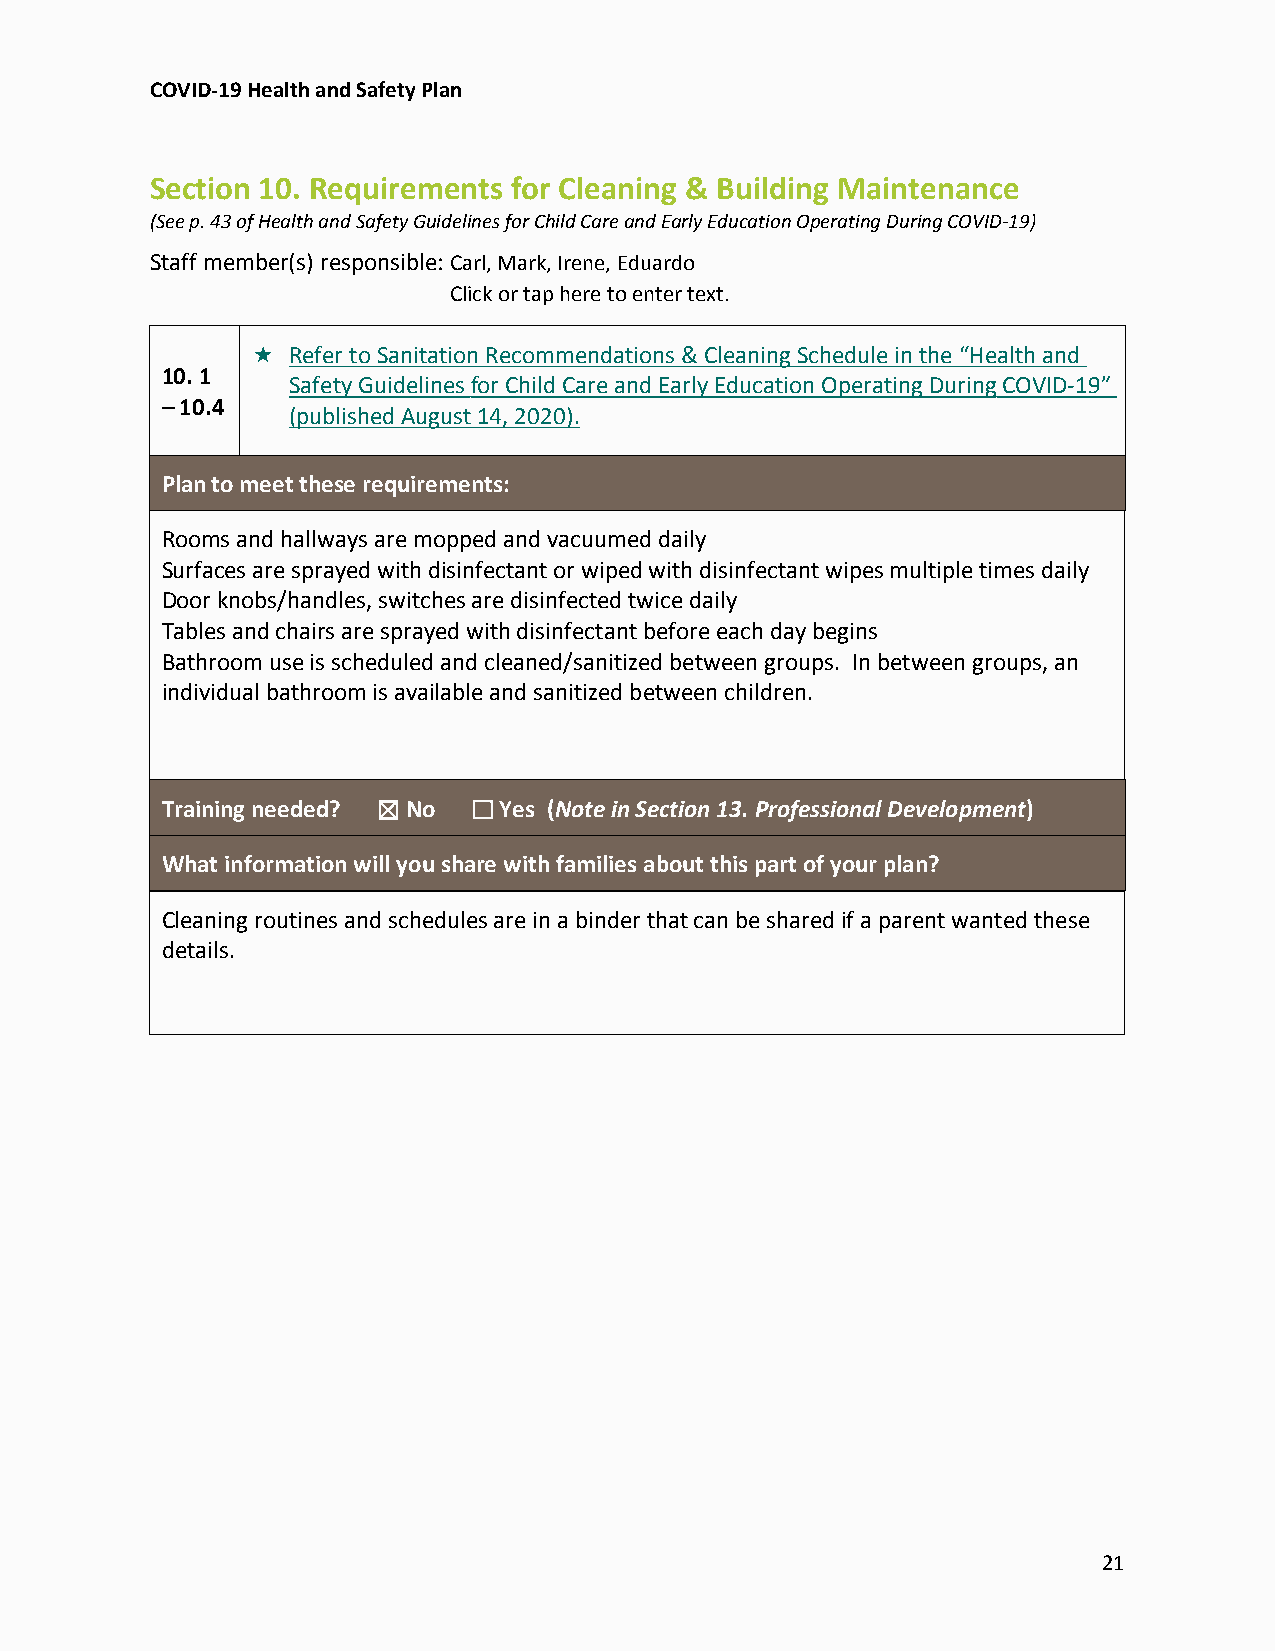
COVID-19 Health and Safety Plan
 Section 10. Requirements for Cleaning & Building Maintenance
 (See p. 43 of Health and Safety Guidelines for Child Care and Early Education Operating During COVID-19)
 Staff member(s) responsible:Carl, Mark, Irene, Eduardo
 Click or tap here to enter text.
  Refer to Sanitation Recommendations & Cleaning Schedule in the “Health and
 10. 1
 Safety Guidelines for Child Care and Early Education Operating During COVID-19”
 – 10.4
 (published August 14, 2020).
 Plan to meet these requirements:
 Rooms and hallways are mopped and vacuumed daily
 Surfaces are sprayed with disinfectant or wiped with disinfectant wipes multiple times daily
 Door knobs/handles, switches are disinfected twice daily
 Tables and chairs are sprayed with disinfectant before each day begins
 Bathroom use is scheduled and cleaned/sanitized between groups. In between groups, an
 individual bathroom is available and sanitized between children.
 Training needed? ☒ No ☐ Yes (Note in Section 13. Professional Development)
 What information will you share with families about this part of your plan?
 Cleaning routines and schedules are in a binder that can be shared if a parent wanted these
 details.
 21